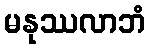
မနုဿလာဘံ